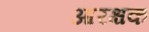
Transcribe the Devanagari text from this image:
आरक्षक